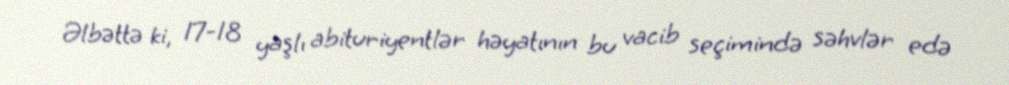
Əlbəttə ki, 17-18 yaşlı abituriyentlər həyatının bu vacib seçimində səhvlər edə